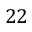
2 2